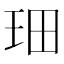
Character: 𤤦